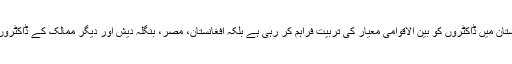
انھوں نے کہا کہ الشفاٹرسٹ نہ صرف پاکستان میں ڈاکٹروں کو بین الاقوامی معیار کی تربیت فراہم کر رہی ہے بلکہ افغانستان، مصر، بنگلہ دیش اور دیگر ممالک کے ڈاکٹروں اور طبی عملہ کو تربیت دی جا رہی ہے۔